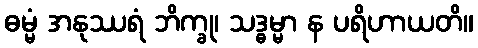
ဓမ္မံ အနုဿရံ ဘိက္ခု၊ သဒ္ဓမ္မာ န ပရိဟာယတိ။